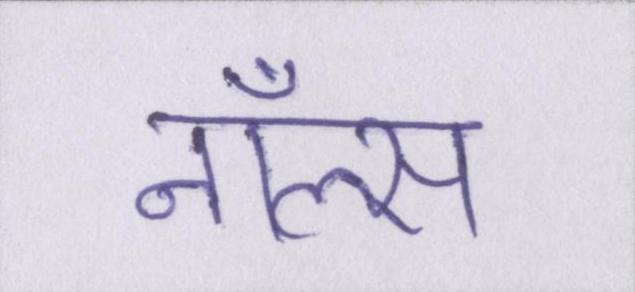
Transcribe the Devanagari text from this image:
नॉल्स